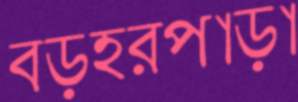
বড়হরপাড়া